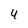
Character: 4